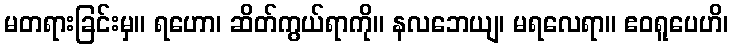
မတရားခြင်းမှ။ ရဟော၊ ဆိတ်ကွယ်ရာကို။ နလဘေယျ၊ မရလေရာ။ ဧဝရူပေဟိ၊